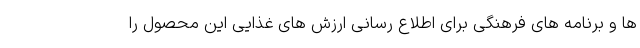
ها و برنامه های فرهنگی برای اطلاع رسانی ارزش های غذایی این محصول را